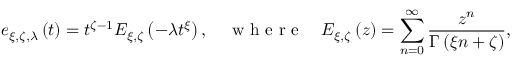
e _ { \xi , \zeta , \lambda } \left( t \right) = t ^ { \zeta - 1 } E _ { \xi , \zeta } \left( - \lambda t ^ { \xi } \right) , \quad \mathrm { ~ w ~ h ~ e ~ r ~ e ~ } \quad E _ { \xi , \zeta } \left( z \right) = \sum _ { n = 0 } ^ { \infty } \frac { z ^ { n } } { \Gamma \left( \xi n + \zeta \right) } ,